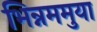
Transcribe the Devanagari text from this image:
भिन्नममुया